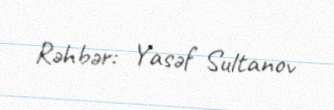
Rəhbər: Yasəf Sultanov